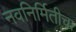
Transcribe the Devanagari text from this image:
नवनिर्मितीचा